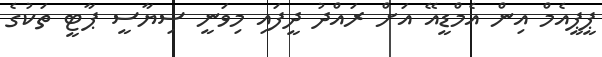
ޕީޕީއެމް އިން އެމްޑީއޭ އަށް ރައްދު ދީފައި މިވަނީ ސިޔާސީ ޕާޓީ ތަކުގެ